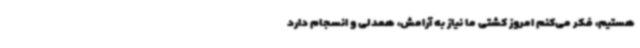
هستیم، فکر می‌کنم امروز کشتی ما نیاز به آرامش، همدلی و انسجام دارد